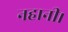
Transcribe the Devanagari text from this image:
नहानी।